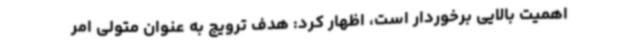
اهمیت بالایی برخوردار است، اظهار کرد: هدف ترویج به عنوان متولی امر